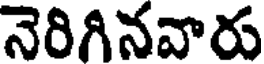
నెరిగినవారు